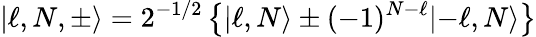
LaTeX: \lvert\ell,N,\pm\rangle=2^{-1/2}\left\{ \lvert\ell,N\rangle\pm(-1)^{N-\ell}\lvert-\ell,N\rangle\right\}